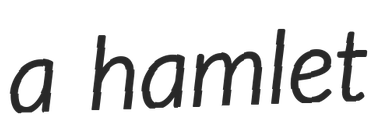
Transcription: a hamlet